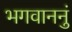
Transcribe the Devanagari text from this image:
भगवाननुं